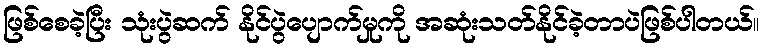
ဖြစ်စေခဲ့ပြီး သုံးပွဲဆက် နိုင်ပွဲပျောက်မှုကို အဆုံးသတ်နိုင်ခဲ့တာပဲဖြစ်ပါတယ်။